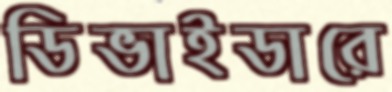
ডিভাইডারে